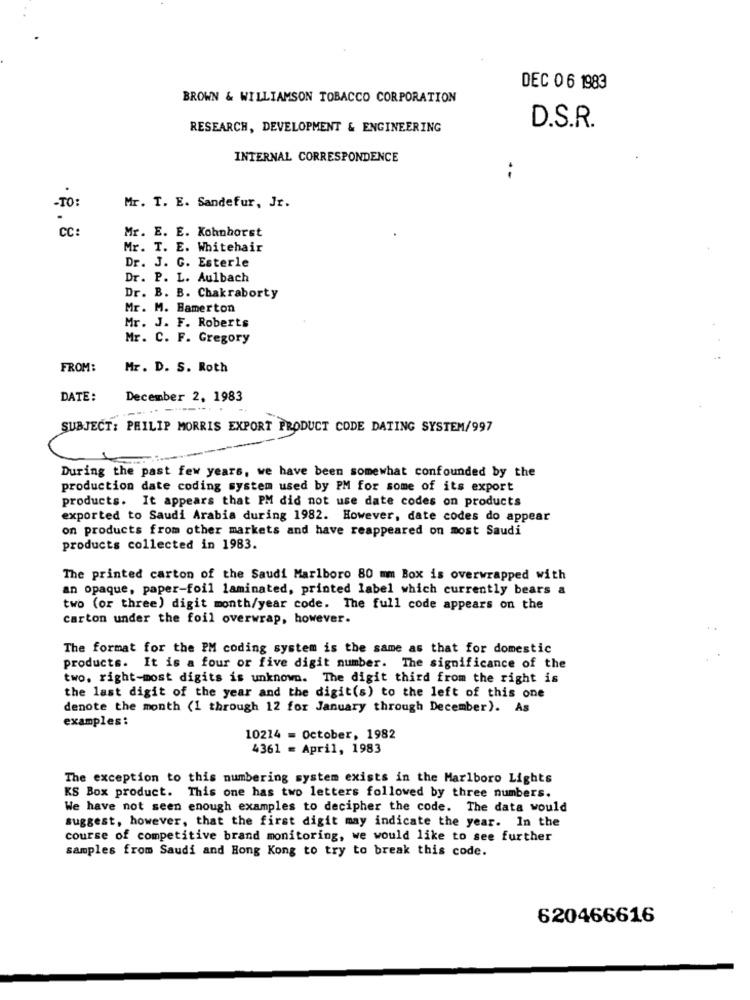
DEC 0 6 1983
BROWN & WILLIAMSON TOBACCO CORPORATION
RESEARCH, DEVELOPMENT & ENGINEERING
D.S.R.
INTERNAL CORRESPONDENCE
-TO:
Mr. T. E. Sandefur, Jr.
CC
Mr. E. E. Kohnhorst
Mr. T. E. Whitehair
Dr. J. G. Esterle
Dr. P. L. Aulbach
Dr. B. B. Chakraborty
Mr. M. Bamerton
Mr. J. F. Roberts
Mr. C. F. Gregory
FROM:
Mr. D. S. Roth
DATE:
December 2, 1983
SUBJECT: PHILIP MORRIS EXPORT PRODUCT CODE DATING SYSTEM/997
During the past few years, we have been somewhat confounded by the
production date coding system used by PM for some of its export
products. It appears that PM did not use date codes on products
exported to Saudi Arabia during 1982. However, date codes do appear
on products from other markets and have reappeared on most Saudi
products collected in 1983.
The printed carton of the Saudi Marlboro 80 mm Box is overwrapped with
an opaque, paper-foil laminated, printed label which currently bears a
two (or three) digit month/year code. The full code appears on the
carton under the foil overwrap, however.
The format for the PM coding system is the same as that for domestic
products. It is a four or five digit number. The significance of the
two. right-most digits is unknown. The digit third from the right is
the last digit of the year and the digit(s) to the left of this one
denote the month (1 through 12 for January through December). As
examples:
10214 = October, 1982
4361 = April, 1983
The exception to this numbering system exists in the Marlboro Lights
KS Box product. This one has two letters followed by three numbers.
We have not seen enough examples to decipher the code. The data would
suggest, however, that the first digit may indicate the year. In the
course of competitive brand monitoring, we would like to see further
samples from Saudi and Hong Kong to try to break this code.
620466616